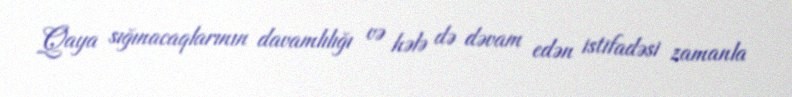
Qaya sığınacaqlarının davamlılığı və hələ də dəvam edən istifadəsi zamanla